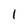
Character: 1